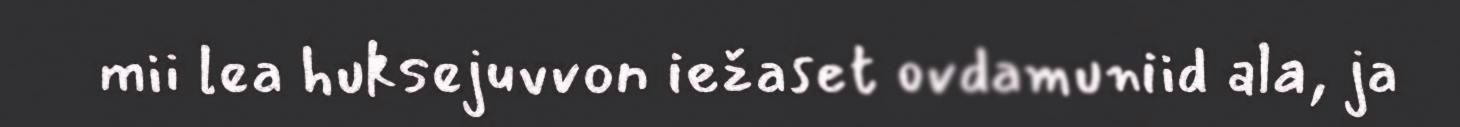
mii lea huksejuvvon iežaset ovdamuniid ala, ja